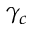
\gamma _ { c }